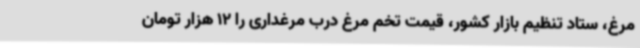
مرغ، ستاد تنظیم بازار کشور، قیمت تخم مرغ درب مرغداری را 12 هزار تومان